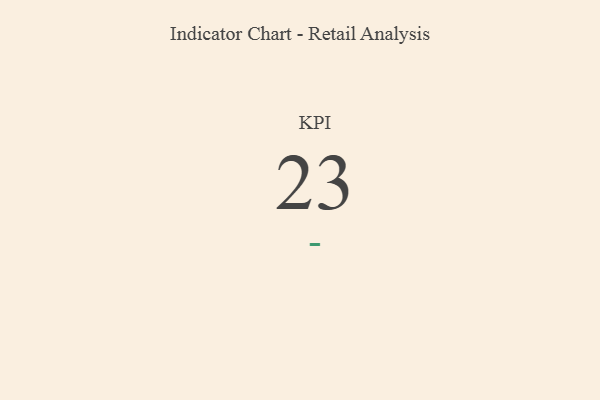
{"axis": {"x": "KPI", "y": "Value"}, "legend": [""], "data": [{"x": "KPI", "y": 23, "type": ""}]}